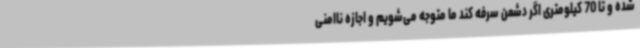
شده و تا 70 کیلومتری اگر دشمن سرفه کند ما متوجه می‌شویم و اجازه ناامنی